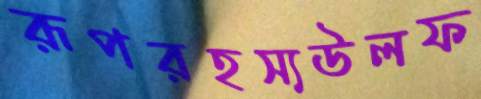
রূপরহস্যউলফ